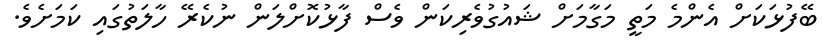
ބޭފުޅަކަށް އެންމެ މަތީ މަގާމަށް ޝައުގުވެރިކަން ވެސް ފާޅުކޮށްލަން ނުކެރޭ ހާލަތުގައި ކަމަށެވެ.